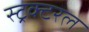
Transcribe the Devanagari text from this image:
स्ट्रक्टरल